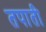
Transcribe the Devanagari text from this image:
तपाती